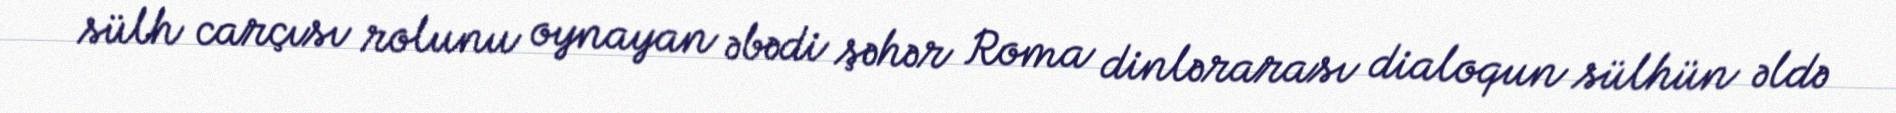
sülh carçısı rolunu oynayan əbədi şəhər Roma dinlərarası dialoqun sülhün əldə